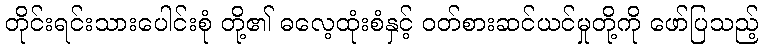
တိုင်းရင်းသားပေါင်းစုံ တို့၏ ဓလေ့ထုံးစံနှင့် ဝတ်စားဆင်ယင်မှုတို့ကို ဖော်ပြသည့်